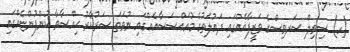
(ހ) ސިވިލް ސަރވިސްގެ ވަޒީފާއެއްގައި ދައުލަތުގެ މުއައްސަސާއެއްގައި ނުވަތަ ސަރުކާރު ޙިއްސާވާ ކުންފުންޏެއްގައި